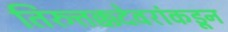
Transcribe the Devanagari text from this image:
तिरुत्तक्कदेवरांकडून